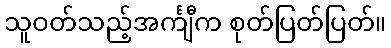
သူဝတ်သည့်အင်္ကျီက စုတ်ပြတ်ပြတ်။